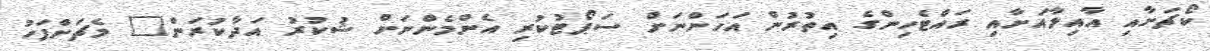
ކޯޗަށާއި އާއިލާއަށާއި ރައްޓެހިންގެ އިތުރުން އަހަންނަށް ސަޕޯޓުކުރި އެންމެންނަށް ޝުކުރު އަދާކުރަން" މެޗަށްފަހު